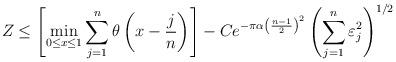
LaTeX: \begin{align*} Z \leq \left[\min_{0 \leq x \leq 1} \sum_{j=1}^{n} \theta\left(x - \frac{j}{n} \right) \right] - C e^{-\pi \alpha \left( \frac{n-1}{2} \right)^2} \left(\sum_{j=1}^{n} \varepsilon_j^2 \right)^{1/2} \end{align*}